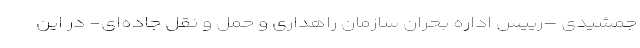
جمشیدی –رییس اداره بحران سازمان راهداری و حمل و نقل جاده‌ای- در این